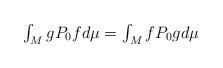
LaTeX: \begin{align*}\begin{array}{c}\int_{M}gP_{0}fd\mu =\int_{M}fP_{0}gd\mu\end{array}\end{align*}